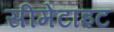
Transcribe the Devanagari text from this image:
सीमेंटाइट